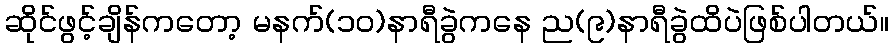
ဆိုင်ဖွင့်ချိန်ကတော့ မနက်(၁၀)နာရီခွဲကနေ ည(၉)နာရီခွဲထိပဲဖြစ်ပါတယ်။